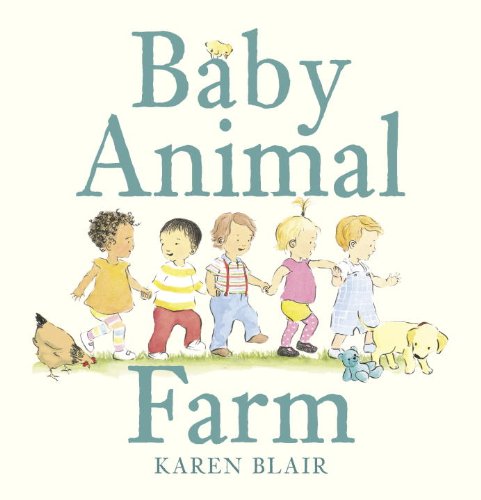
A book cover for Baby Animal Farm; Karen Blair; Children's Books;